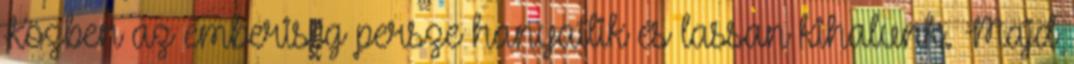
Közben az emberiség persze hanyatlik és lassan kihalunk. Majd